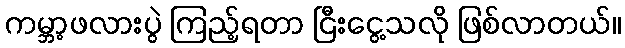
ကမ္ဘာ့ဖလားပွဲ ကြည့်ရတာ ငြီးငွေ့သလို ဖြစ်လာတယ်။